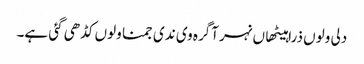
دلی ولوں ذرا ہیٹھاں نہر آگرہ وی ندی جمنا ولوں کڈھی گئی ہے۔